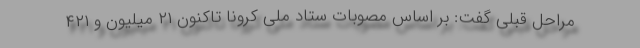
مراحل قبلی گفت: بر اساس مصوبات ستاد ملی کرونا تاکنون ۲۱ میلیون و ۴۲۱